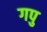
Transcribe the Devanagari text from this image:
गपु